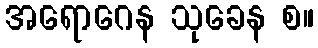
အရောဂေန သုခေန စ။